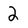
Character: 2